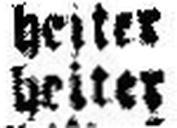
heiter